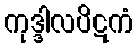
ကုဒ္ဒါလပိဋကံ